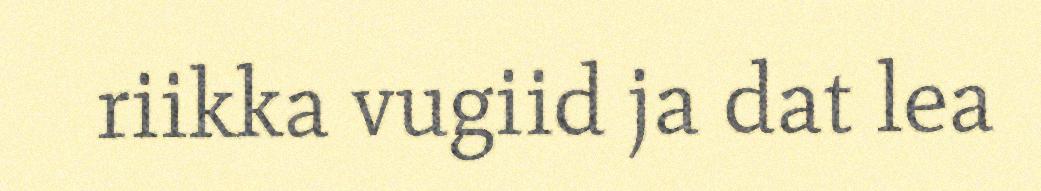
riikka vugiid ja dat lea